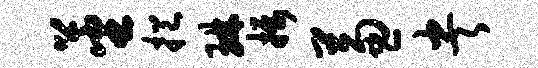
蕃挹琳摄兼央